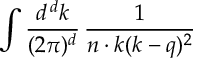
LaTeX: \int { \frac { d ^ { \, d } k } { ( 2 \pi ) ^ { d } } } \, { \frac { 1 } { n \cdot k ( k - q ) ^ { 2 } } }